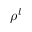
\rho ^ { l }